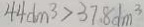
4 4 d m ^ { 3 } > 3 7 . 8 d m ^ { 3 }